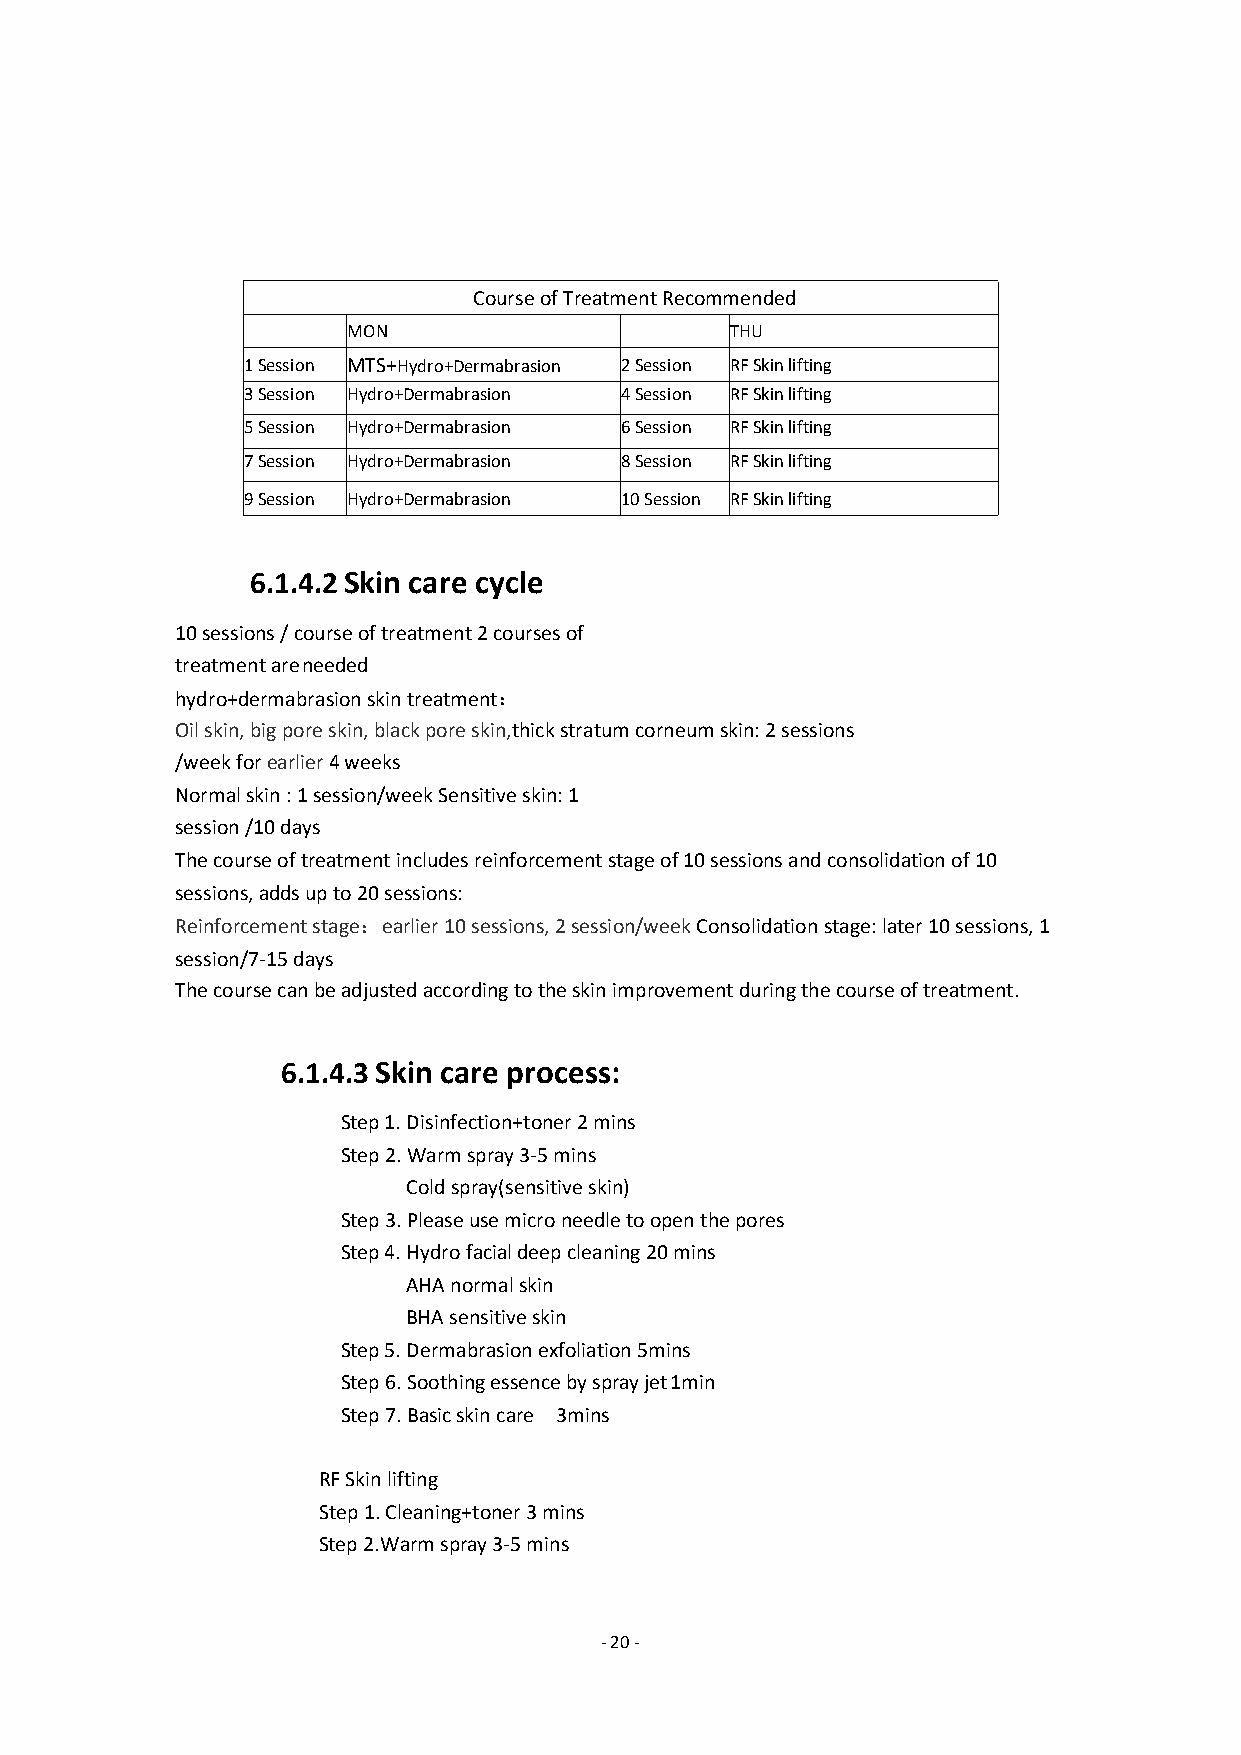
CourseofTreatmentRecommended
 MON                      THU
 1Session MTS+Hydro+Dermabrasion 2Session RFSkinlifting
 3Session Hydro+Dermabrasion 4Session RFSkinlifting
 5Session Hydro+Dermabrasion 6Session RFSkinlifting
 7Session Hydro+Dermabrasion 8Session RFSkinlifting
 9Session Hydro+Dermabrasion 10Session RFSkinlifting
 6.1.4.2Skin care cycle
 10sessions/courseoftreatment2coursesof
 treatmentareneeded
 hydro+dermabrasionskintreatment：
 Oilskin,bigporeskin,blackporeskin,thickstratumcorneumskin:2sessions
 /weekforearlier4weeks
 Normalskin:1session/weekSensitiveskin:1
 session/10days
 Thecourseoftreatmentincludesreinforcementstageof10sessionsandconsolidationof10
 sessions,addsupto20sessions:
 Reinforcementstage：earlier10sessions,2session/weekConsolidationstage:later10sessions,1
 session/7-15days
 Thecoursecanbeadjustedaccordingtotheskinimprovementduringthecourseoftreatment.
 6.1.4.3Skin care process:
 Step1.Disinfection+toner2mins
 Step2.Warmspray3-5mins
 Coldspray(sensitiveskin)
 Step3.Pleaseusemicroneedletoopenthepores
 Step4.Hydrofacialdeepcleaning20mins
 AHAnormalskin
 BHAsensitiveskin
 Step5.Dermabrasionexfoliation5mins
 Step6.Soothingessencebysprayjet1min
 Step7.Basicskincare 3mins
 RFSkinlifting
 Step1.Cleaning+toner3mins
 Step2.Warmspray3-5mins
 -20-